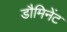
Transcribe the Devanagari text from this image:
डौमिनेंट